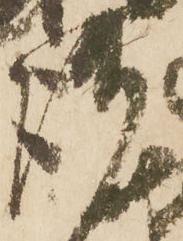
謹